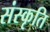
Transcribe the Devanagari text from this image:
संस्‍कृति